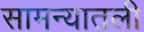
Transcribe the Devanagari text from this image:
सामन्यातली